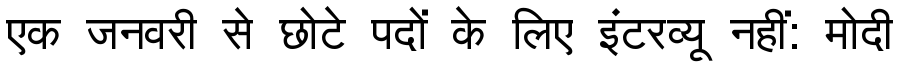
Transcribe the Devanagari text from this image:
एक जनवरी से छोटे पदों के लिए इंटरव्यू नहीं: मोदी